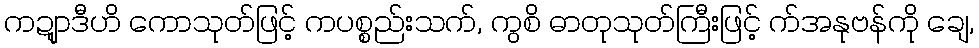
ကဍျာဒီဟိ ကောသုတ်ဖြင့် ကပစ္စည်းသက်, ကွစိ ဓာတုသုတ်ကြီးဖြင့် က်အနုဗန်ကို ချေ,